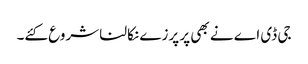
جی ڈی اے نے بھی پر پرزے نکالنا شروع کئے۔